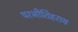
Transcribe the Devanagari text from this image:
परभीतिहराय